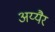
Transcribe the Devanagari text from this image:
अय्यैर